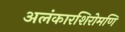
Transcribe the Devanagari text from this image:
अलंकारशिरोमणि